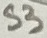
Text: S3